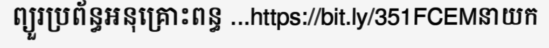
ព្យួរប្រព័ន្ធអនុគ្រោះពន្ធ ...https://bit.ly/351FCEMនាយក